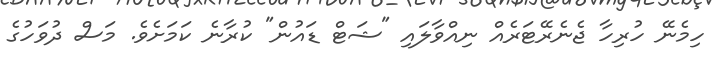
ހިމެނޭ ހުރިހާ ޖެނެރޭޓަރެއް ނިއްވާލައި "ޝަޓް ޑައުން" ކުރާނެ ކަމަށެވެ. މަސް ދުވަހުގެ